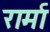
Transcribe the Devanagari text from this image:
रार्मा